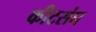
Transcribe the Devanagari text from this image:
कीटसंघ